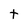
Character: t